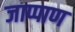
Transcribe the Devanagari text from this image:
जाप्पाण